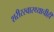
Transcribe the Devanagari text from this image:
शरीरस्वास्थ्याचीही